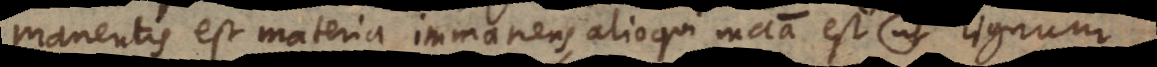
manentis est materia immanens, alioqui materia est ut lignum